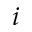
i